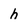
Character: h